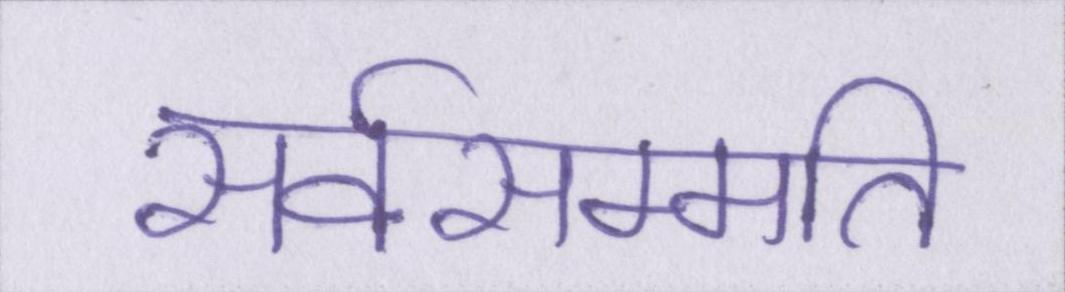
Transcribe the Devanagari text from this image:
सर्वसम्मति